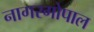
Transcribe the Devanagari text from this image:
नागरगोपाल